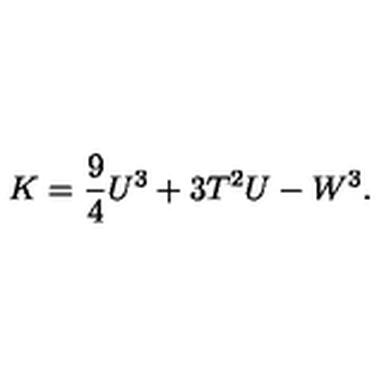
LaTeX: K = \frac { 9 } { 4 } U ^ { 3 } + 3 T ^ { 2 } U - W ^ { 3 } .